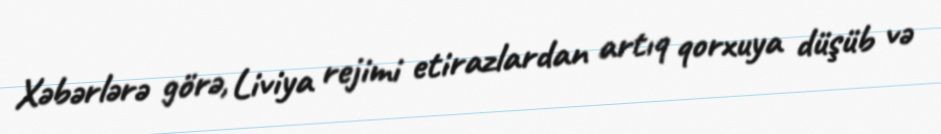
Xəbərlərə görə, Liviya rejimi etirazlardan artıq qorxuya düşüb və